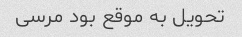
تحویل به موقع بود مرسی